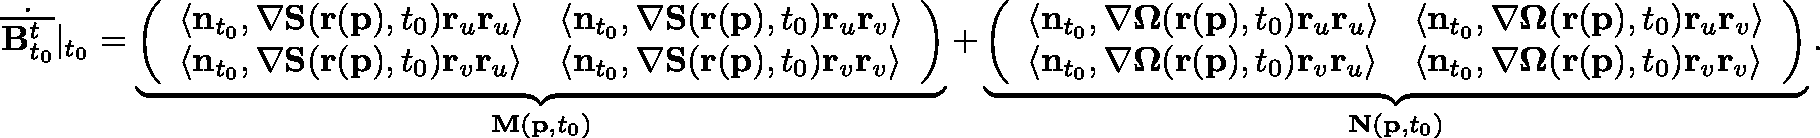
\begin{array} { r } { \dot { \overline { { \mathbf { B } _ { t _ { 0 } } ^ { t } } } } \vert _ { t _ { 0 } } = \underbrace { \left( \begin{array} { l l } { \langle \mathbf { n } _ { t _ { 0 } } , \nabla \mathbf { S } ( \mathbf { r } ( \mathbf { p } ) , t _ { 0 } ) \mathbf { r } _ { u } \mathbf { r } _ { u } \rangle } & { \langle \mathbf { n } _ { t _ { 0 } } , \nabla \mathbf { S } ( \mathbf { r } ( \mathbf { p } ) , t _ { 0 } ) \mathbf { r } _ { u } \mathbf { r } _ { v } \rangle } \\ { \langle \mathbf { n } _ { t _ { 0 } } , \nabla \mathbf { S } ( \mathbf { r } ( \mathbf { p } ) , t _ { 0 } ) \mathbf { r } _ { v } \mathbf { r } _ { u } \rangle } & { \langle \mathbf { n } _ { t _ { 0 } } , \nabla \mathbf { S } ( \mathbf { r } ( \mathbf { p } ) , t _ { 0 } ) \mathbf { r } _ { v } \mathbf { r } _ { v } \rangle } \end{array} \right) } _ { \mathbf { M } ( \mathbf { p } , t _ { 0 } ) } + \underbrace { \left( \begin{array} { l l } { \langle \mathbf { n } _ { t _ { 0 } } , \nabla \mathbf { \Omega } ( \mathbf { r } ( \mathbf { p } ) , t _ { 0 } ) \mathbf { r } _ { u } \mathbf { r } _ { u } \rangle } & { \langle \mathbf { n } _ { t _ { 0 } } , \nabla \mathbf { \Omega } ( \mathbf { r } ( \mathbf { p } ) , t _ { 0 } ) \mathbf { r } _ { u } \mathbf { r } _ { v } \rangle } \\ { \langle \mathbf { n } _ { t _ { 0 } } , \nabla \mathbf { \Omega } ( \mathbf { r } ( \mathbf { p } ) , t _ { 0 } ) \mathbf { r } _ { v } \mathbf { r } _ { u } \rangle } & { \langle \mathbf { n } _ { t _ { 0 } } , \nabla \mathbf { \Omega } ( \mathbf { r } ( \mathbf { p } ) , t _ { 0 } ) \mathbf { r } _ { v } \mathbf { r } _ { v } \rangle } \end{array} \right) } _ { \mathbf { N } ( \mathbf { p } , t _ { 0 } ) } . } \end{array}